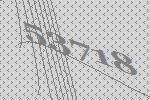
53718